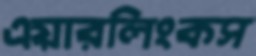
এয়ারলিংকস